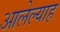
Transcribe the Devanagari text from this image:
आलेल्याह